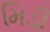
મિડી